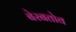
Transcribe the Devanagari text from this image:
बेरबतोव